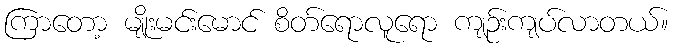
ကြာတော့ မျိုးမင်းမောင် စိတ်ရောလူရော ကျဉ်းကျပ်လာတယ်။